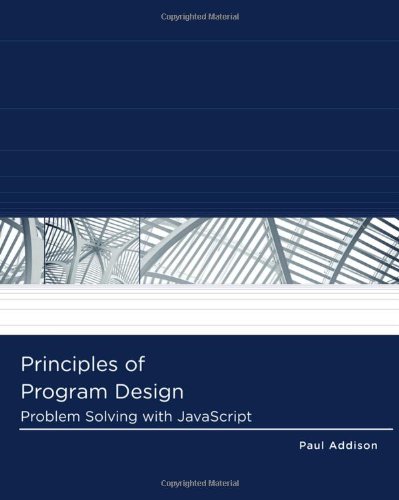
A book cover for Principles of Program Design: Problem-Solving with JavaScript (Logic and Design); Paul Addison; Computers & Technology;